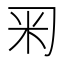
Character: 𥸥